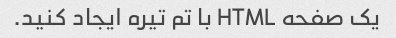
یک صفحه HTML با تم تیره ایجاد کنید.